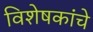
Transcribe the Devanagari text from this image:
विशेषकांचे